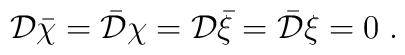
{\cal D}{\bar \chi}={\bar {\cal D}}\chi={\cal D}{\bar \xi}={\bar {\cal D}}\xi=0\;.